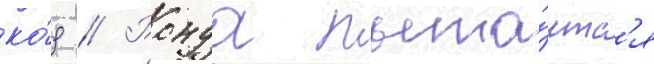
ко́д // Ронда пыта́етс'я